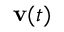
\mathbf { v } ( t )